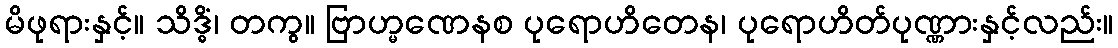
မိဖုရားနှင့်။ သိဒ္ဓိံ၊ တကွ။ ဗြာဟ္မဏေနစ ပုရောဟိတေန၊ ပုရောဟိတ်ပုဏ္ဏားနှင့်လည်း။